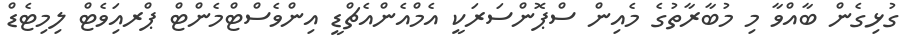
ގުޅިގެން ބާއްވާ މި މުބާރާތުގެ މެއިން ސްޕޮންސަރަކީ އެމްއެންއެޗްޑީ އިންވެސްޓްމެންޓް ޕްރއަިވެޓް ލިމިޓެޑް